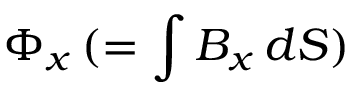
\Phi _ { x } \, ( = \int B _ { x } \, d S )